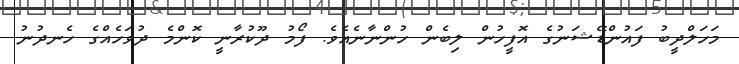
މަހަލްދީބު ފައުންޑޭޝަނުގެ އޮފީހުން ލިބެން ހުންނާނެއެވެ. ފޯމު ދޫކުރާނީ ކޮންމެ ދުވަހެއްގެ ހެނދުނު